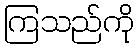
ကြသည်ကို